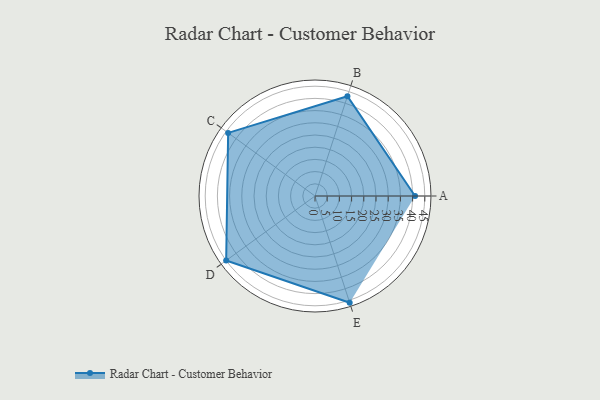
{"axis": {"x": "Skill", "y": "Score"}, "legend": ["Profile"], "data": [{"x": "A", "y": 41.0, "type": "Profile"}, {"x": "B", "y": 43.0, "type": "Profile"}, {"x": "C", "y": 44.0, "type": "Profile"}, {"x": "D", "y": 45.0, "type": "Profile"}, {"x": "E", "y": 46.0, "type": "Profile"}]}